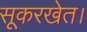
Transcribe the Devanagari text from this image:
सूकरखेत।